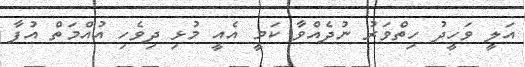
އަލީ ވަހީދު ހިތްވަރު ނުދެއްވާ ކަމީ އެއީ މުޅި ދިވެހި އުއްމަތް އުފާ